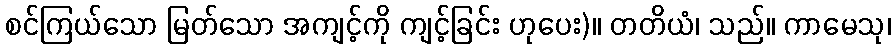
စင်ကြယ်သော မြတ်သော အကျင့်ကို ကျင့်ခြင်း ဟုပေး)။ တတိယံ၊ သည်။ ကာမေသု၊